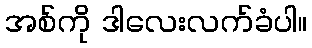
အစ်ကို ဒါလေးလက်ခံပါ။